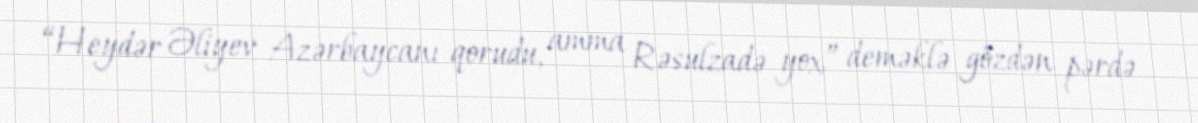
“Heydər Əliyev Azərbaycanı qorudu, amma Rəsulzadə yox” deməklə gözdən pərdə